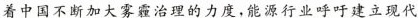
着中国不断加大雾霾治理的力度，能源行业呼吁建立现代